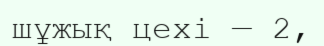
шұжық цехі — 2,